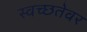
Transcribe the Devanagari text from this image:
स्वच्छतेवर